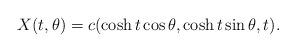
LaTeX: \begin{align*}X(t,\theta) =c(\cosh{t}\cos{\theta}, \cosh{t}\sin{\theta}, t).\end{align*}